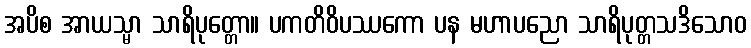
အပိစ အာယသ္မာ သာရိပုတ္တော။ ပကတိဝိပဿကော ပန မဟာပညော သာရိပုတ္တသဒိသောဝ